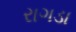
રાગડા